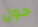
حول